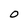
Character: O